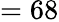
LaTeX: =68